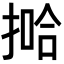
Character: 𫽞